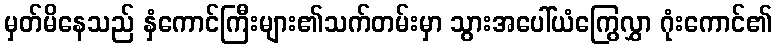
မှတ်မိနေသည် နှံကောင်ကြီးများ၏သက်တမ်းမှာ သွားအပေါ်ယံကြွေလွှာ ဂုံးကောင်၏